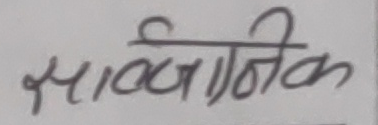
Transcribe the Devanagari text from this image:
सार्वजनिक